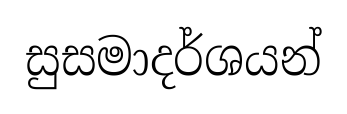
සුසමාදර්ශයන්